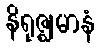
နိရုဇ္ဈမာနံ